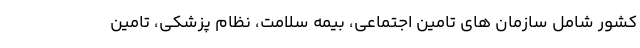
کشور شامل سازمان های تامین اجتماعی، بیمه سلامت، نظام پزشکی، تامین